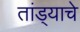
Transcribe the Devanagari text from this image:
तांड्याचे